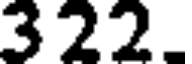
322.